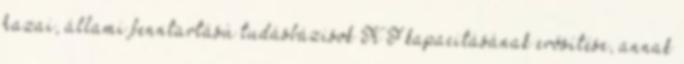
hazai, állami fenntartású tudásbázisok K F kapacitásának erősítése, annak